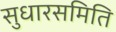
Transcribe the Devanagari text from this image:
सुधारसमिति